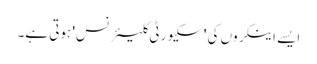
ایسے اینکروں کی 'سکیورٹی کلیئرنس' ہوتی ہے۔